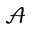
\mathcal { A }